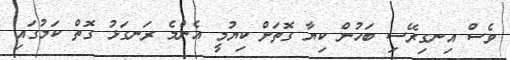
ވެސް އިނގިރޭސި ބަހުން ކިޔާ ގޮތަށް ކިޔުމީ އެންމެ ރަނގަޅު ގޮތް ކަމުގައި